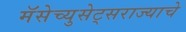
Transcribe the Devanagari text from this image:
मॅसेच्युसेट्सराज्याचे